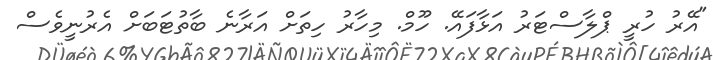
"އޭރު ހުރީ ޕްލާސްޓަރު އަޅާފައޭ. ހޫމް. މިހާރު ހިތަށް އަރާނެ ބާތުޓަބަށް އެރުނީވެސް